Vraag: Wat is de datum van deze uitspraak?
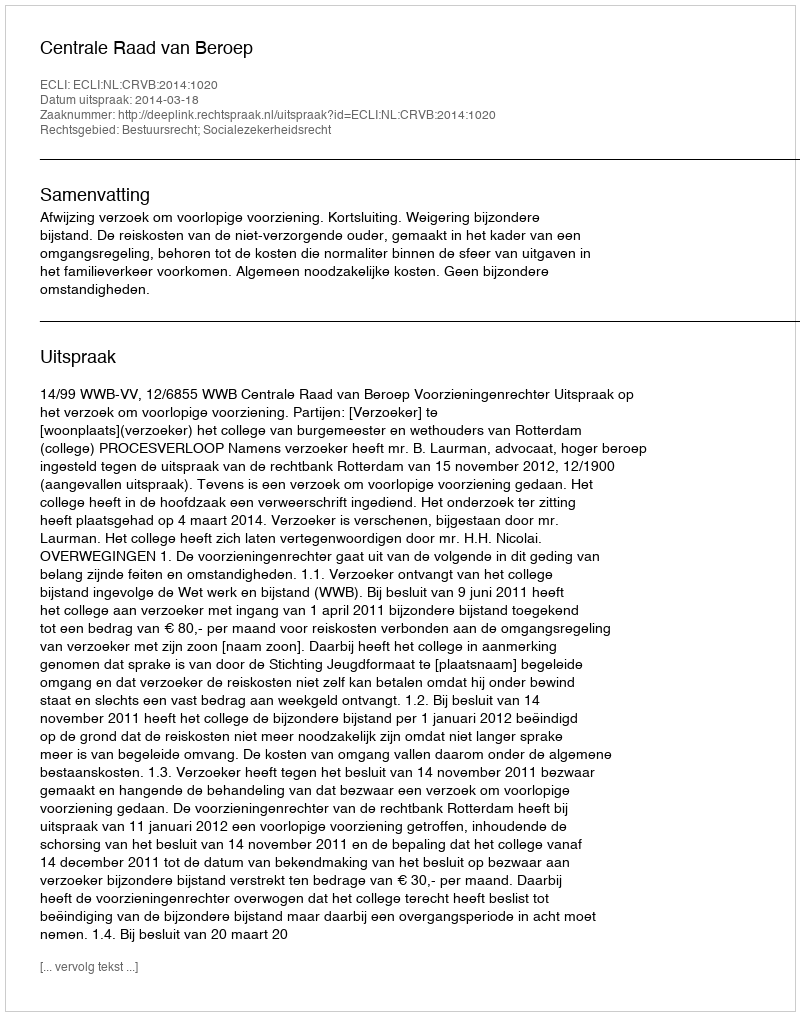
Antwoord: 2014-03-18